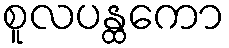
စူလပန္ထကော